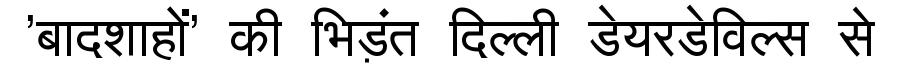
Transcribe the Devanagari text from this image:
'बादशाहों' की भिड़ंत दिल्ली डेयरडेविल्स से